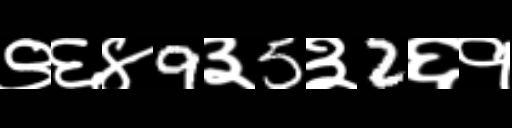
Text: ९६४9३5३2६१